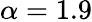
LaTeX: \alpha=1.9